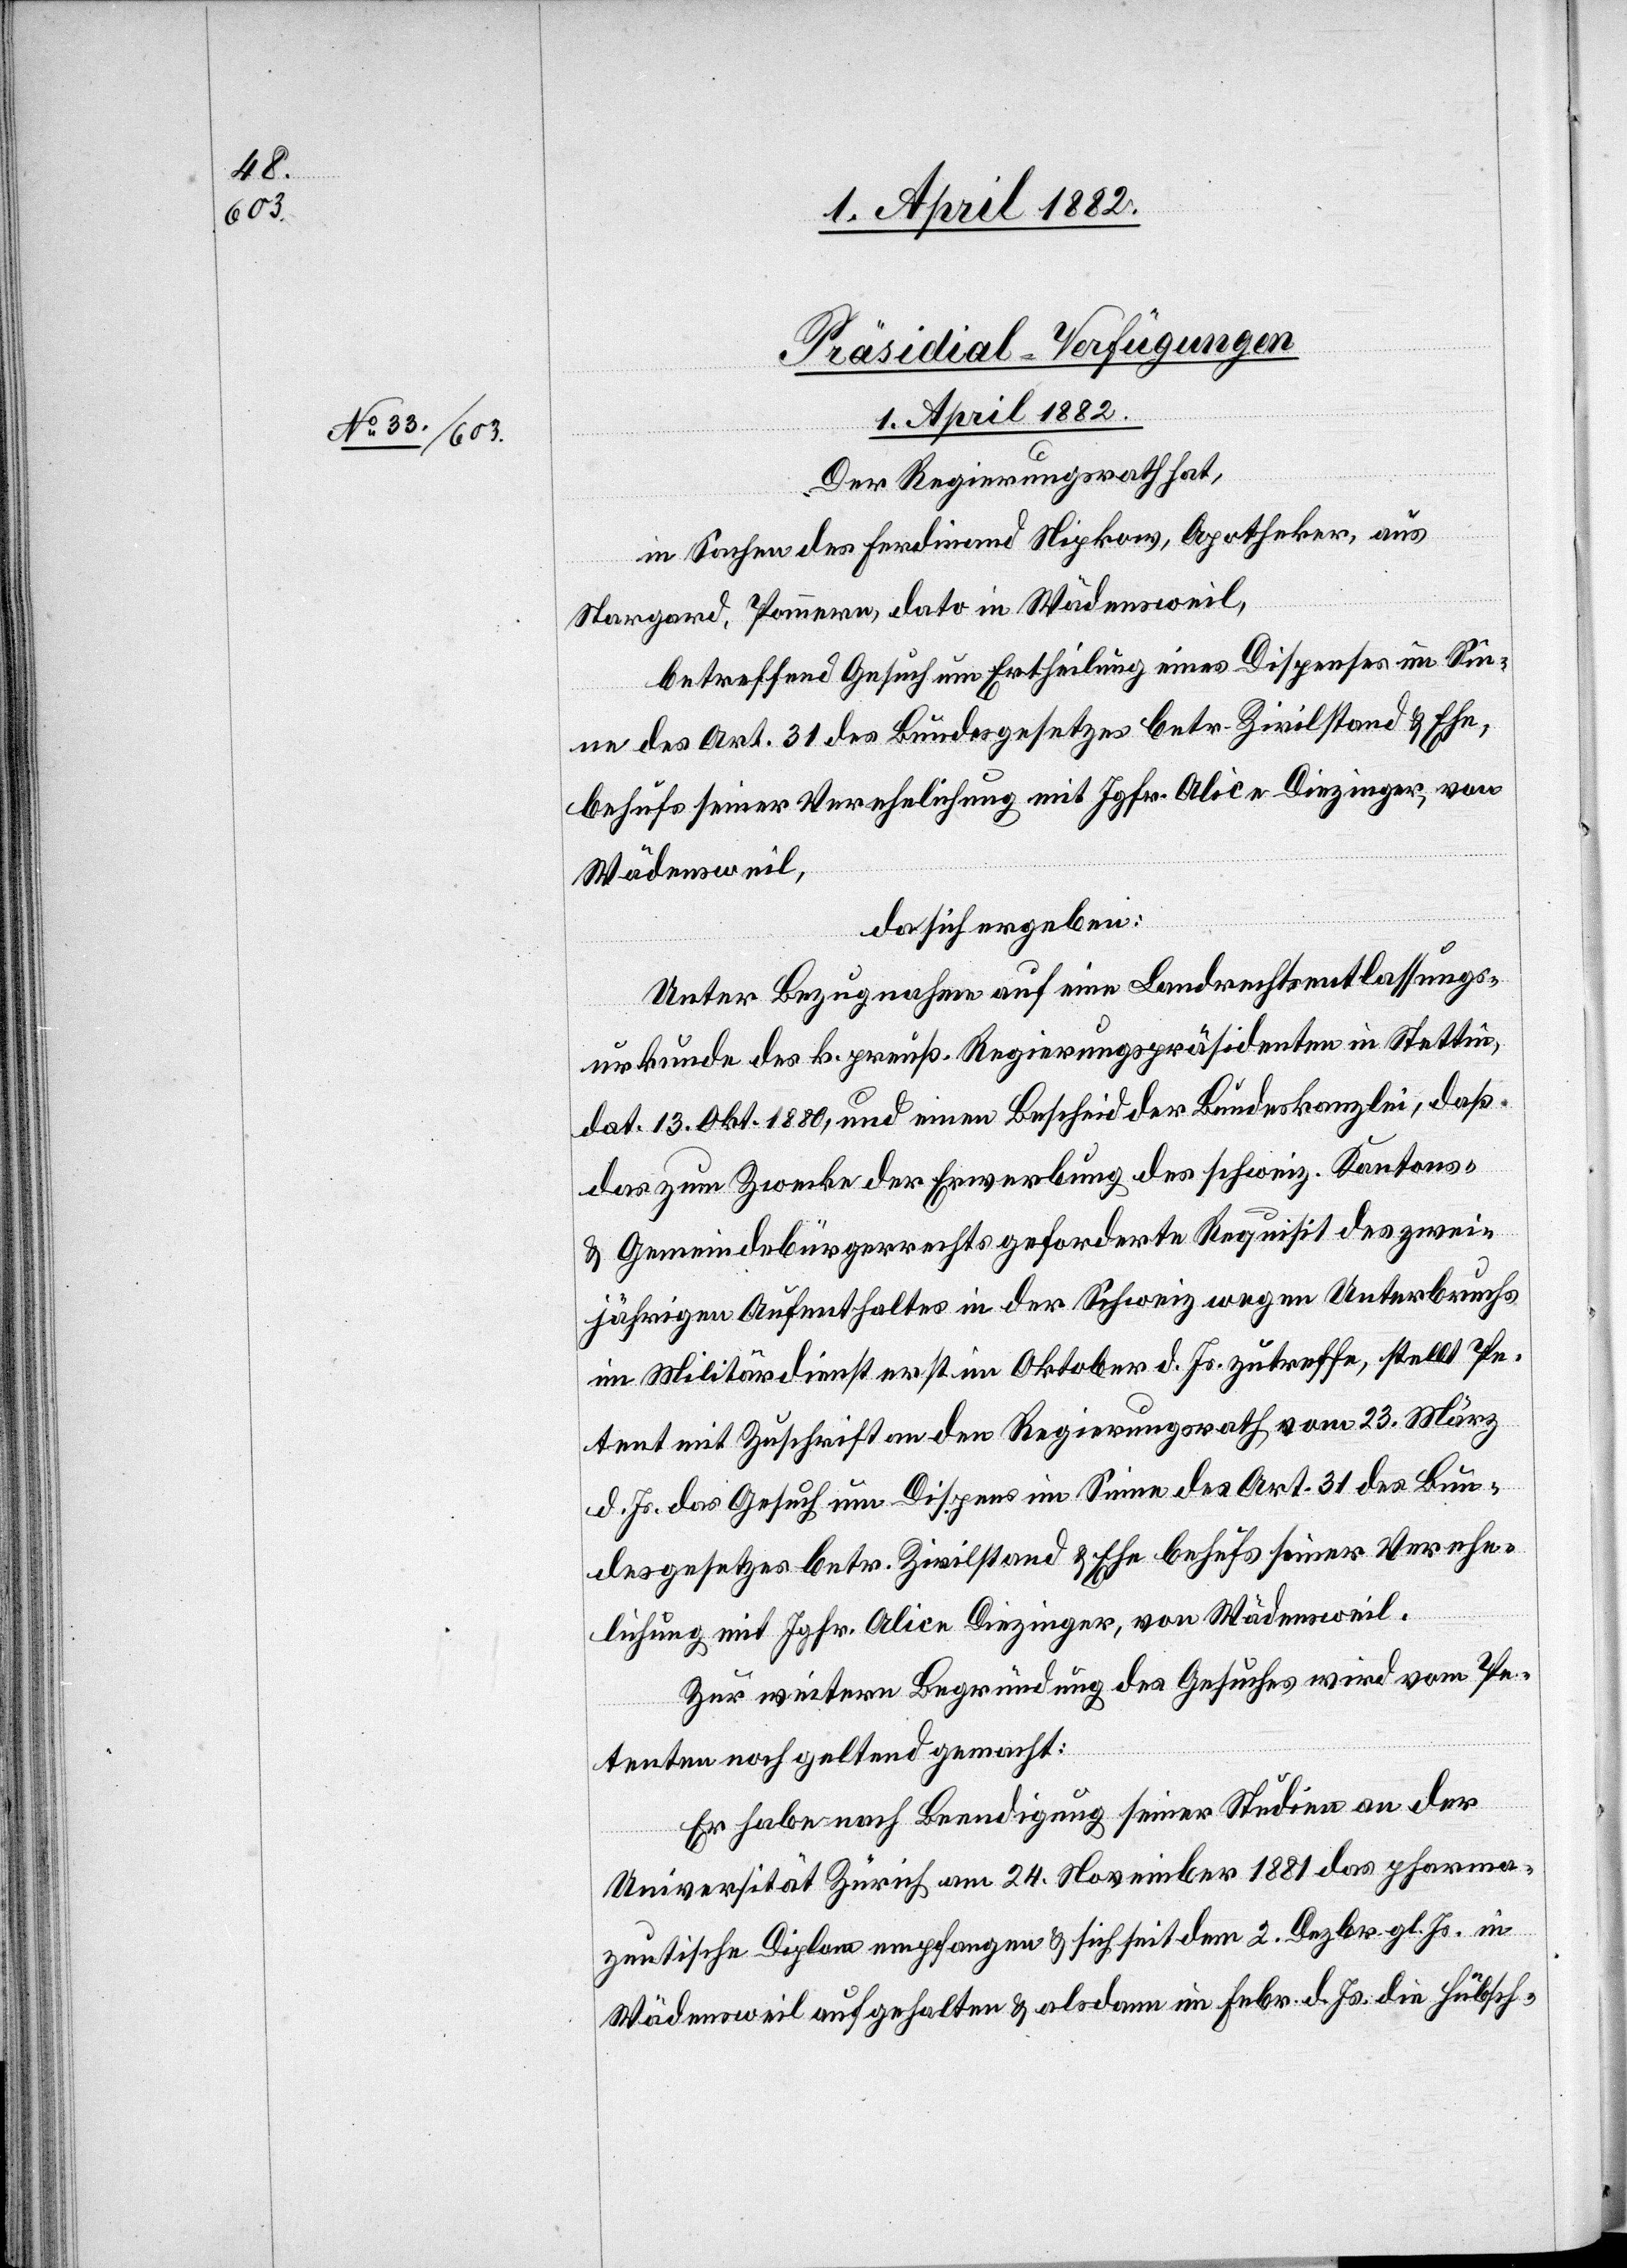
Präsidial-Verfügungen
1. April 1882.
Der Regierungsrath hat,
in Sachen des Ferdinand Nipkow, Apotheker, aus
Stargard, Pommern, dato in Wädensweil,
betreffend Gesuch um Ertheilung eines Dispenses im Sin¬
ne des Art. 31 des Bundesgesetzes betr. Zivilstand & Ehe,
behufs seiner Verehelichung mit Jgfr. Alice Diezinger, von
Wädensweil,
da sich ergeben:
Unter Bezugnahme auf eine Landrechtsentlassungs¬
urkunde des k. preuß. Regierungspräsidenten in Stettin,
dat. 13. Okt. 1880, und einen Bescheid der Bundeskanzlei, daß
das zum Zwecke der Erwerbung des schweiz. Kantons-
& Gemeindebürgerrechts geforderte Requisit des zwei¬
jährigen Aufenthaltes in der Schweiz wegen Unterbruchs
im Militärdienst erst im Oktober d. Js. zutreffe, stellt Pe¬
tent mit Zuschrift an den Regierungsrath vom 23. März
d. Js. das Gesuch um Dispens im Sinne des Art. 31 des Bun¬
desgesetzes betr. Zivilstand & Ehe behufs seiner Verehe¬
lichung mit Jgfr. Alice Diezinger, von Wädensweil.
Zur weitern Begründung des Gesuches wird vom Pe¬
tenten noch geltend gemacht:
Er habe nach Beendigung seiner Studien an der
Universität Zürich am 24. November 1881 das pharma¬
zeutische Diplom empfangen & sich seit dem 2. Dezbr. gl. Js. in
Wädensweil aufgehalten & alsdann im Febr. d. Js. die Hübsch-